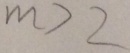
m > 2